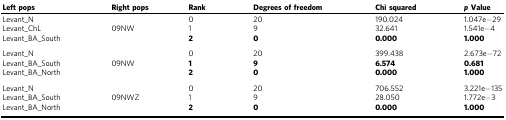
<table><thead><tr><td><b>Left pops</b></td><td><b>Right pops</b></td><td><b>Rank</b></td><td><b>Degrees of freedom</b></td><td><b>Chi squared</b></td><td><b><i>p</i> Value</b></td></tr></thead><tbody><tr><td>Levant_N</td><td></td><td>0</td><td>20</td><td>190.024</td><td>1.047e−29</td></tr><tr><td>Levant_ChL</td><td>09NW</td><td>1</td><td>9</td><td>32.641</td><td>1.541e−4</td></tr><tr><td>Levant_BA_South</td><td></td><td><b>2</b></td><td><b>0</b></td><td><b>0.000</b></td><td><b>1.000</b></td></tr><tr><td>Levant_N</td><td></td><td>0</td><td>20</td><td>399.438</td><td>2.673e−72</td></tr><tr><td>Levant_BA_South</td><td>09NW</td><td><b>1</b></td><td><b>9</b></td><td><b>6.574</b></td><td><b>0.681</b></td></tr><tr><td>Levant_BA_North</td><td></td><td><b>2</b></td><td><b>0</b></td><td><b>0.000</b></td><td><b>1.000</b></td></tr><tr><td>Levant_N</td><td></td><td>0</td><td>20</td><td>706.552</td><td>3.221e−135</td></tr><tr><td>Levant_BA_South</td><td>09NWZ</td><td>1</td><td>9</td><td>28.050</td><td>1.772e−3</td></tr><tr><td>Levant_BA_North</td><td></td><td><b>2</b></td><td><b>0</b></td><td><b>0.000</b></td><td><b>1.000</b></td></tr></tbody></table>